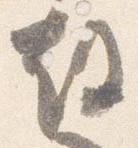
故